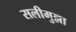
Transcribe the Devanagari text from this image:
सलीमुल्ला